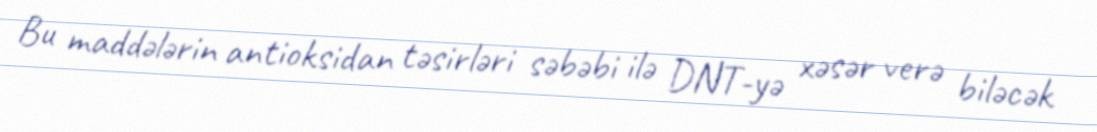
Bu maddələrin antioksidan təsirləri səbəbi ilə DNT-yə xəsər verə biləcək